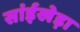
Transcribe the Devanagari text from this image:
सांईखेड़ा